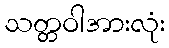
သတ္တဝါအားလုံး